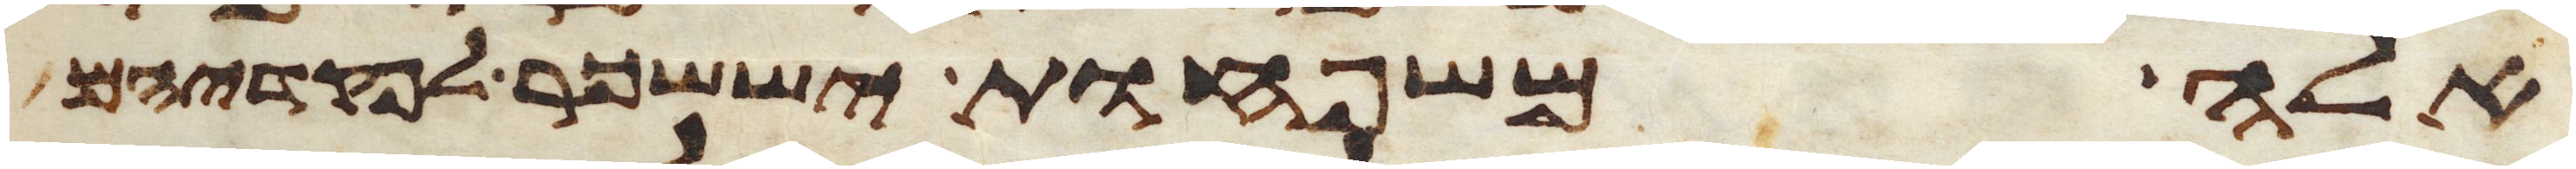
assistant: אלה משפחות יששכר לפקדיהם